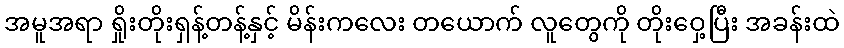
အမူအရာ ရှိုးတိုးရှန့်တန့်နှင့် မိန်းကလေး တယောက် လူတွေကို တိုးဝှေ့ပြီး အခန်းထဲ